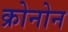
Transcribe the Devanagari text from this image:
क्रोनोन